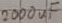
Text: 2000µF